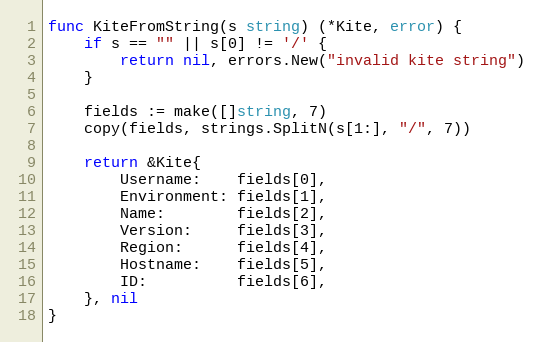
Language: Go
func KiteFromString(s string) (*Kite, error) {
	if s == "" || s[0] != '/' {
		return nil, errors.New("invalid kite string")
	}

	fields := make([]string, 7)
	copy(fields, strings.SplitN(s[1:], "/", 7))

	return &Kite{
		Username:    fields[0],
		Environment: fields[1],
		Name:        fields[2],
		Version:     fields[3],
		Region:      fields[4],
		Hostname:    fields[5],
		ID:          fields[6],
	}, nil
}